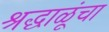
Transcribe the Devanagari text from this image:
श्रद्धाळूंचा